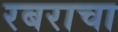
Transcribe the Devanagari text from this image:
रबराचा